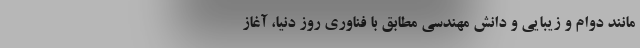
مانند دوام و زیبایی و دانش مهندسیِ مطابق با فناوری روز دنیا، آغاز